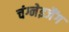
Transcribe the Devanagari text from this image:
चंग्नेइजैंग